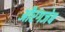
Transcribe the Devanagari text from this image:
अौरंगजेब